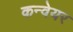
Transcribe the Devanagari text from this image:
कन्‍वेयर